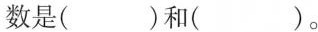
数是()和（）。